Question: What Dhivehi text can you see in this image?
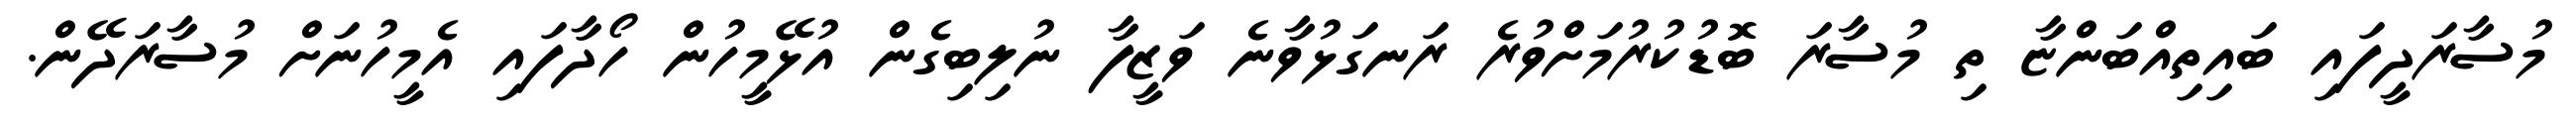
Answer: މުސާރަދީފައި ބައިތިއްބަންޏާ ތި މުސާރަ ބޮޑުކުރުމަށްވުރެ ރަނގަޅުވާނެ ވަޒީފާ ނުލިބިގެން އުޅޭމީހުން ހޯދާފައި އެމީހުނަށް މުސާރަދޭން.